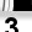
Digit: 3